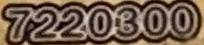
7220309